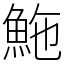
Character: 䰿